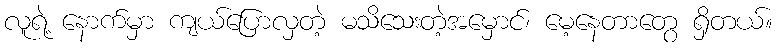
လူရဲ့ နောက်မှာ ကျယ်ပြောလှတဲ့ မသိသေးတဲ့အမှောင်၊ မေ့နေတာတွေ ရှိတယ်။